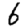
Digit: 6